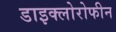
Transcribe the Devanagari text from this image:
डाइक्लोरोफीन